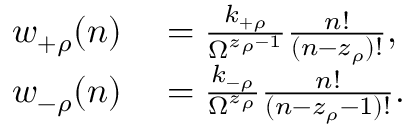
\begin{array} { r l } { w _ { + \rho } ( n ) } & { { } = \frac { k _ { + \rho } } { \Omega ^ { z _ { \rho } - 1 } } \frac { n ! } { ( n - z _ { \rho } ) ! } , } \\ { w _ { - \rho } ( n ) } & { { } = \frac { k _ { - \rho } } { \Omega ^ { z _ { \rho } } } \frac { n ! } { ( n - z _ { \rho } - 1 ) ! } . } \end{array}